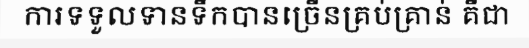
ការទទួលទានទឹកបានច្រើនគ្រប់គ្រាន់ គឺជា